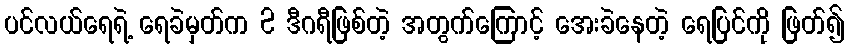
ပင်လယ်ရေရဲ့ ရေခဲမှတ်က 2 ဒီဂရီဖြစ်တဲ့ အတွက်ကြောင့် အေးခဲနေတဲ့ ရေပြင်ကို ဖြတ်၍